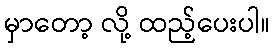
မှာတော့ လို့ ထည့်ပေးပါ။